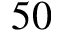
5 0